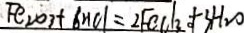
F e _ { 2 } O _ { 3 } + 6 H C l = 2 F e C l _ { 3 } + 3 H _ { 2 } O